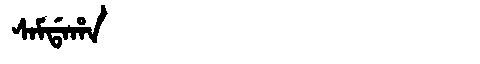
Manchu: ᠰᠠᠮᡩᠠᡥᠠ
Romanization: SAMDAHA